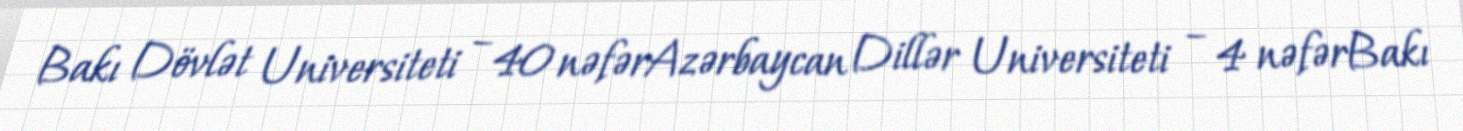
Bakı Dövlət Universiteti – 40 nəfərAzərbaycan Dillər Universiteti – 4 nəfərBakı